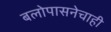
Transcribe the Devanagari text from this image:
बलोपासनेचाही